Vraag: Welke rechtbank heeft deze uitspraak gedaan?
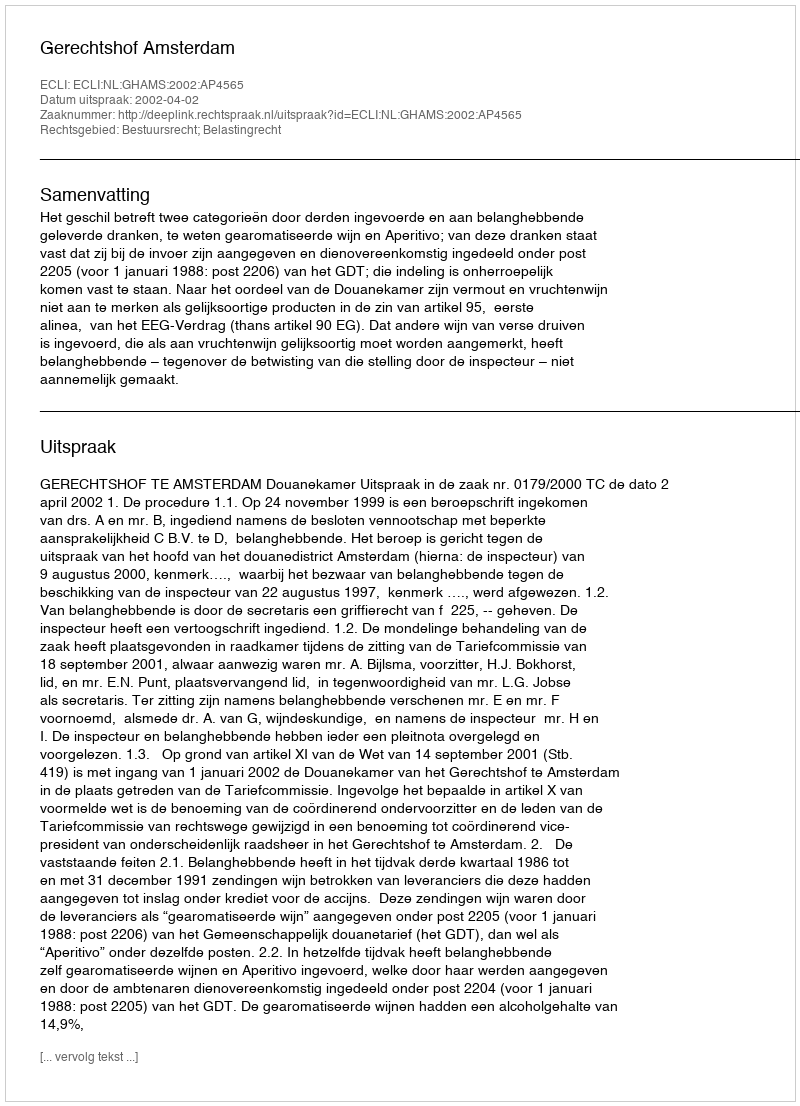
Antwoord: Gerechtshof Amsterdam